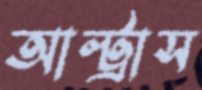
আল্ট্রাস